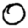
Digit: 0